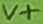
Text: V+